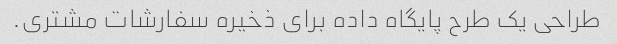
طراحی یک طرح پایگاه داده برای ذخیره سفارشات مشتری.